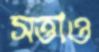
সত্তাও